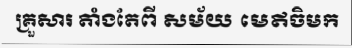
គ្រួសារ តាំងតែពី សម័យ មេឥចិមក